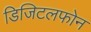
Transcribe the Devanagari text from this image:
डिजिटलफोन